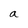
Character: a